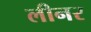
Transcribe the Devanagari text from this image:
लीनर